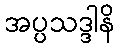
အပ္ပသဒ္ဒါနိ